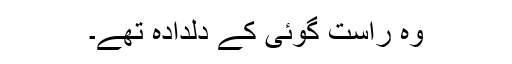
وہ راست گوئی کے دلدادہ تھے۔